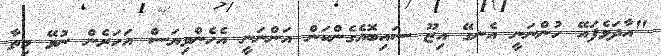
"އާދަވެފައޭ ހުންނަނީ އެނގޭ އިޒޫ ސައިބޮއެގެންކަން އަންނަނީ އެހެންވިޔަސް އަހަރެން ނުވޭ މިތާ